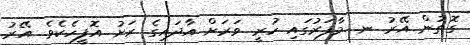
ގޮތުން އޭރު ނ. މާފަރުގައި ހުރީ ވަރަށް އާދައިގެ ރަށު އޮފީހެކެވެ. އޭރު